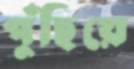
পুঁছিয়ে